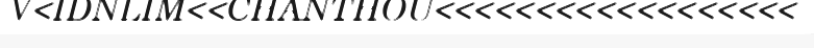
V<IDNLIM<<CHANTHOU<<<<<<<<<<<<<<<<<<